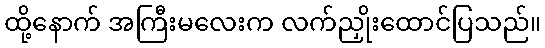
ထို့နောက် အကြီးမလေးက လက်ညှိုးထောင်ပြသည်။